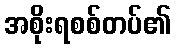
အစိုးရစစ်တပ်၏